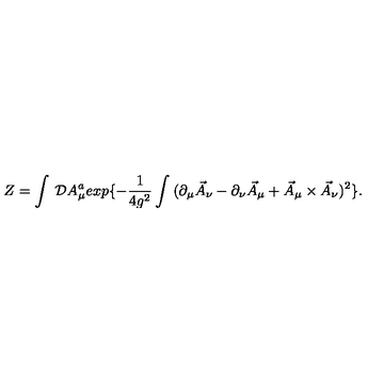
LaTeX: Z = \int \: { \cal D } A _ { \mu } ^ { a } e x p \{ - \frac { 1 } { 4 g ^ { 2 } } \int \: ( \partial _ { \mu } \vec { A } _ { \nu } - \partial _ { \nu } \vec { A } _ { \mu } + \vec { A } _ { \mu } \times \vec { A } _ { \nu } ) ^ { 2 } \} .